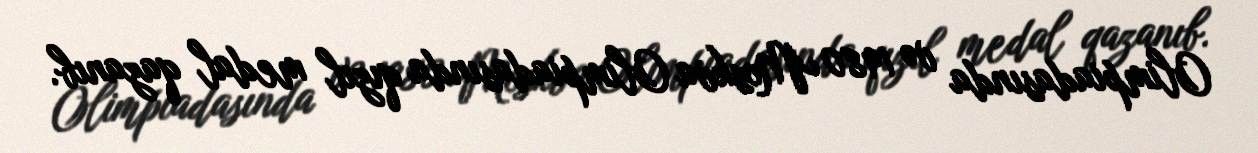
Olimpiadasında və 1980 Moskva Olimpiadasında qızıl medal qazanıb.